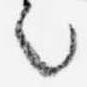
言